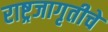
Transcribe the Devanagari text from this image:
राष्ट्रजागृतीचे